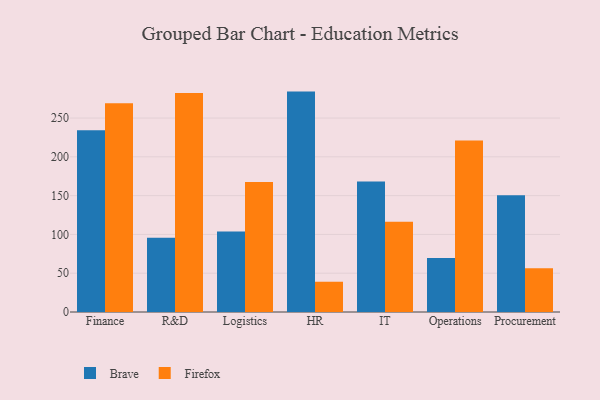
{"axis": {"x": "Department", "y": "Demand Index"}, "legend": ["Brave", "Firefox"], "data": [{"x": "Finance", "y": 234.4, "type": "Brave"}, {"x": "Finance", "y": 269.2, "type": "Firefox"}, {"x": "R&D", "y": 95.7, "type": "Brave"}, {"x": "R&D", "y": 282.2, "type": "Firefox"}, {"x": "Logistics", "y": 103.8, "type": "Brave"}, {"x": "Logistics", "y": 167.5, "type": "Firefox"}, {"x": "HR", "y": 284.1, "type": "Brave"}, {"x": "HR", "y": 39.0, "type": "Firefox"}, {"x": "IT", "y": 168.1, "type": "Brave"}, {"x": "IT", "y": 116.3, "type": "Firefox"}, {"x": "Operations", "y": 69.5, "type": "Brave"}, {"x": "Operations", "y": 221.0, "type": "Firefox"}, {"x": "Procurement", "y": 150.4, "type": "Brave"}, {"x": "Procurement", "y": 56.3, "type": "Firefox"}]}